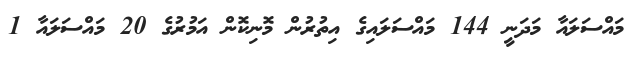
މައްސަލައާ މަދަނީ 144 މައްސަލައިގެ އިތުރުން މޮނިކޮން އަމުރުގެ 20 މައްސަލައާ 1